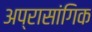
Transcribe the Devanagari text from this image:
अप्रासांगिक